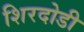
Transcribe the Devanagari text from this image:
शिरदोडी